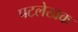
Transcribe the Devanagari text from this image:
पटलेखक